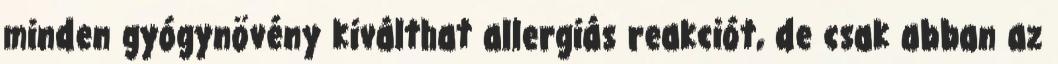
minden gyógynövény kiválthat allergiás reakciót, de csak abban az